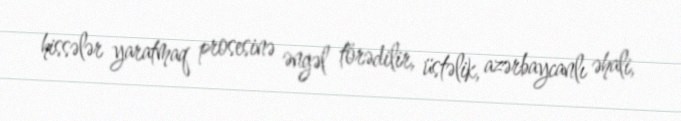
hissələr yaratmaq prosesinə əngəl törədilir, üstəlik, azərbaycanlı əhali,